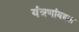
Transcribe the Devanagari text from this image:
यंत्रणांबद्दल